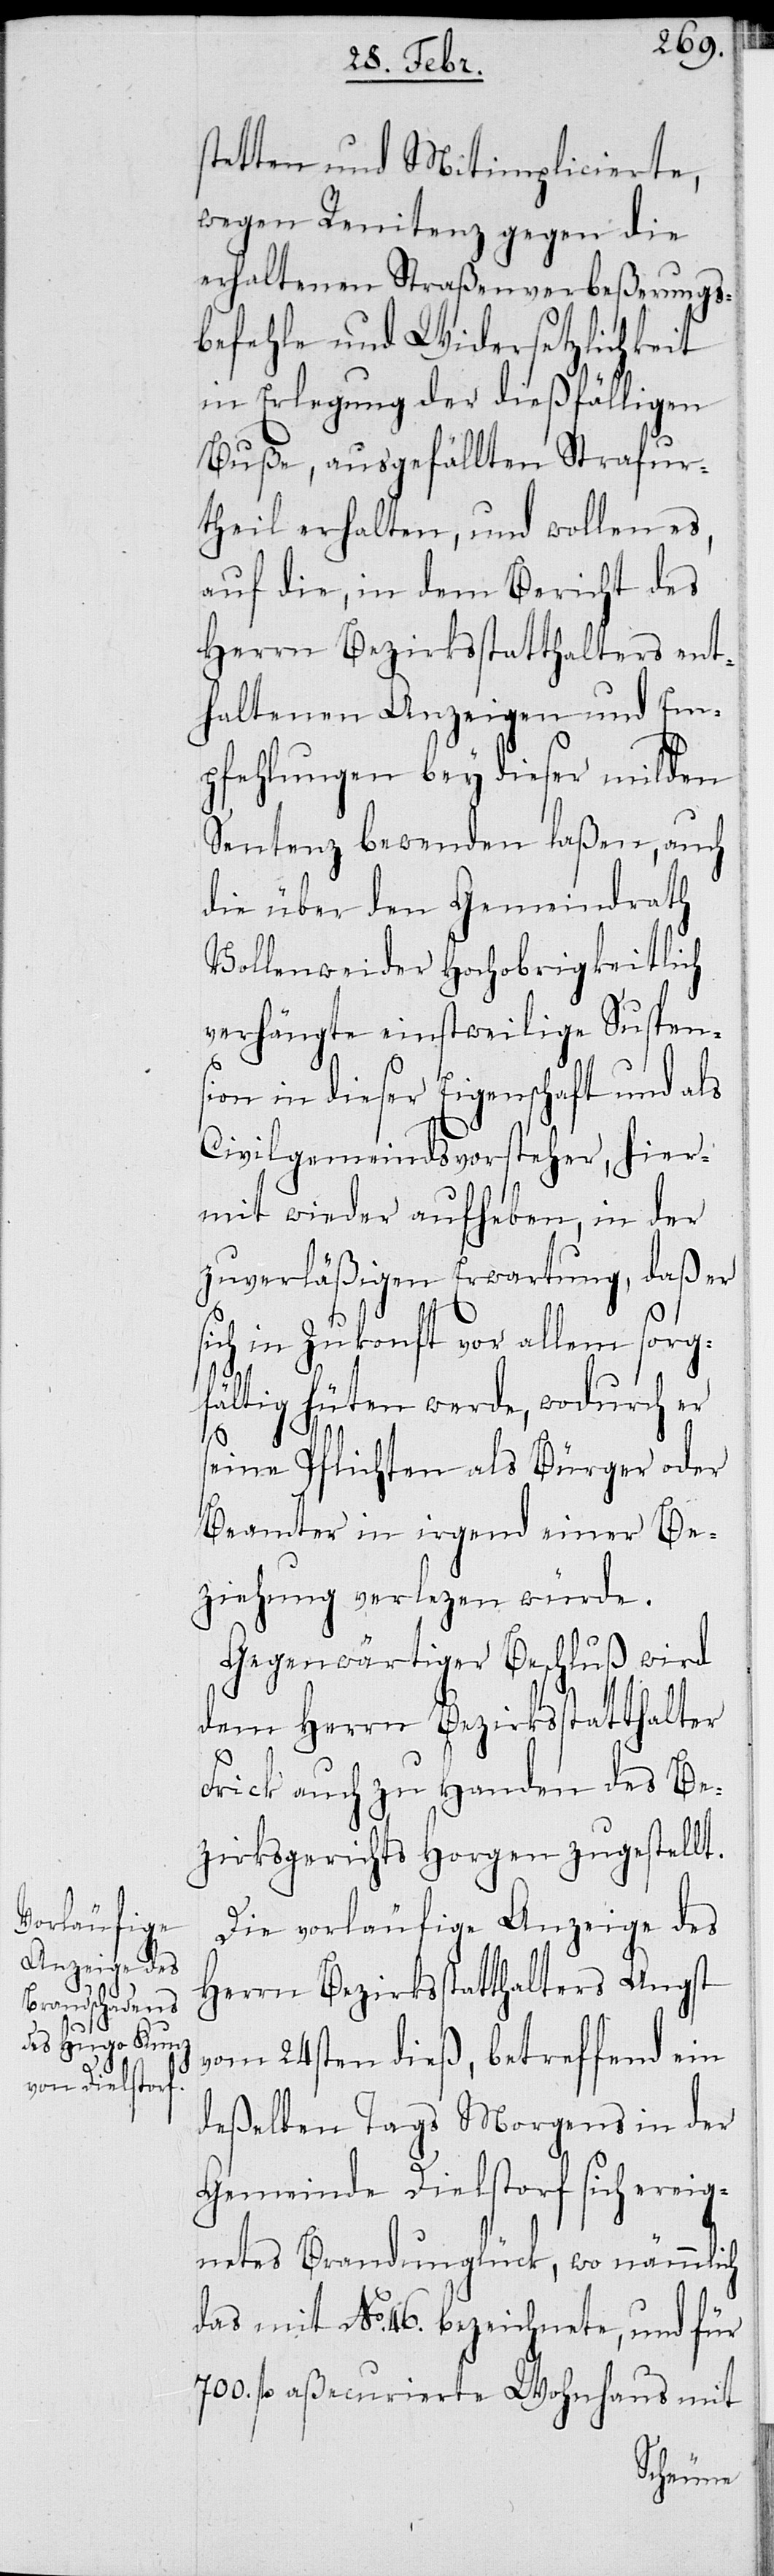
stetten und Mitimplicierte,
wegen Renitenz gegen die
erhaltenen Straßenverbeßerungs¬
befehle und Widersetzlichkeit
in Erlegung der dießfälligen
Buße, ausgefällten Strafur¬
theil erhalten, und wollen es,
auf die, in dem Bericht des
Herrn Bezirksstatthalters ent¬
haltenen Anzeigen und Em¬
pfehlungen bei dieser milden
Sentenz bewenden laßen, auch
die über den Gemeindrath
Vollenweider Hochobrigkeitlich
verhängte einstweilige Suspens¬
ion in dieser Eigenschaft und als
Civilgemeindsvorsteher, hier¬
mit wieder aufheben, in der
zuverläßigen Erwartung, daß er
in Zukunft vor allem sorg¬
fältig hüten werde, wodurch er
seine Pflichten als Bürger oder
Beamter in irgend einer Be¬
ziehung verlezen würde.
Gegenwärtiger Beschluß wird
dem Herrn Bezirksstatthalter
Frick auch zu Handen des Be¬
zirksgerichts Horgen zugestellt.
Die vorläufige Anzeige des
Herrn Bezirksstatthalters Angst
vom 24sten dieß, betreffend ein
deßelben Tags Morgens in der
Gemeinde Dielstorf sich ereig¬
netes Brandunglück, wo nämmlich
das mit No. 46. bezeichnete, und für
700. fl aßecurierte Wohnhaus mit